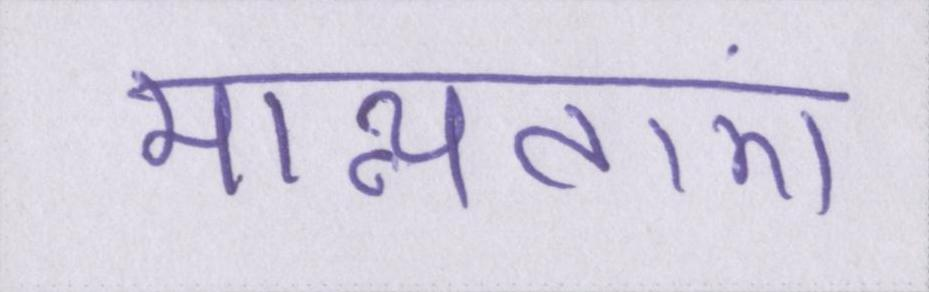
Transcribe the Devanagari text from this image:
मान्यताएं